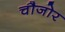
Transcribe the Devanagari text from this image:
चौजोर